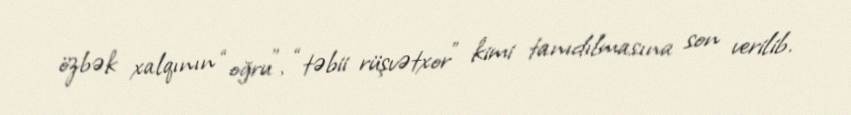
özbək xalqının “oğru”, “təbii rüşvətxor” kimi tanıdılmasına son verilib.